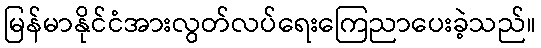
မြန်မာနိုင်ငံအားလွတ်လပ်ရေးကြေညာပေးခဲ့သည်။